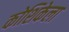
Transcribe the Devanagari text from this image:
कोशिकेला